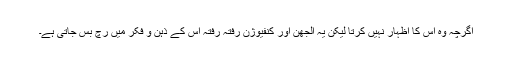
اگرچہ وہ اس کا اظہار نہیں کرتا لیکن یہ الجھن اور کنفیوژن رفتہ رفتہ اس کے ذہن و فکر میں رچ بس جاتی ہے۔